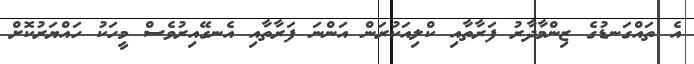
އެ ތައްގަނޑުގެ ޒިންމާދާރު ފަރާތާއި ކްލިއަކުރަން އަންނަ ފަރާތާއި އެނގޭއިރުވެސް މީހަކު ހައްޔަރުކޮށް